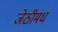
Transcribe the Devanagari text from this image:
जेठीमध